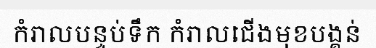
កំរាលបន្ទប់ទឹក កំរាលជើងមុខបង្គន់